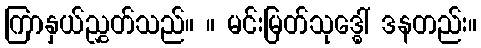
ကြာနှယ်ညွှတ်သည်။ ။ မင်းမြတ်သုဒ္ဓေါ် ဒနတည်း။